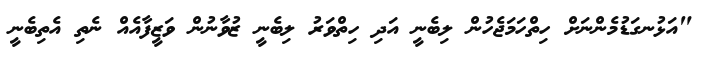
"އަޅުނގަޑުމެންނަށް ހިތްހަމަޖެހުން ލިބެނީ އަދި ހިތްވަރު ލިބެނީ ޒުވާނުން ވަޒީފާއެއް ނެތި އެތިބެނީ